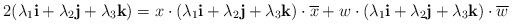
LaTeX: \begin{align*}2(\lambda_{1}{\bf i}+\lambda_{2}{\bf j}+\lambda_{3}{\bf k})=x\cdot(\lambda_{1}{\bf i}+\lambda_{2}{\bf j}+\lambda_{3}{\bf k})\cdot \overline{x}+w\cdot(\lambda_{1}{\bf i}+\lambda_{2}{\bf j}+\lambda_{3}{\bf k})\cdot \overline{w}\end{align*}